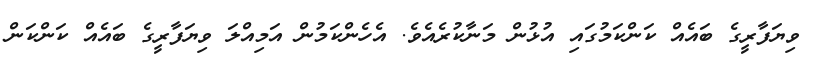
ވިޔަފާރީގެ ބައެއް ކަންކަމުގައި އުޅުން މަނާކުރެއެވެ. އެހެންކަމުން އަމިއްލަ ވިޔަފާރީގެ ބައެއް ކަންކަން